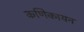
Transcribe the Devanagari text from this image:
कणिकायन